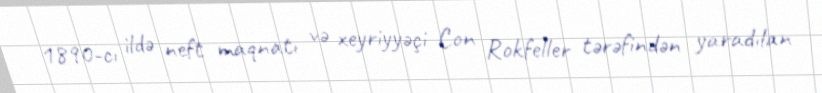
1890-cı ildə neft maqnatı və xeyriyyəçi Con Rokfeller tərəfindən yaradılan